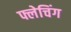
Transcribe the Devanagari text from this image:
फ्लेचिंग